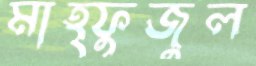
মাহ্ফুজুল